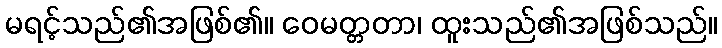
မရင့်သည်၏အဖြစ်၏။ ဝေမတ္တတာ၊ ထူးသည်၏အဖြစ်သည်။